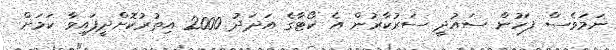
ނަމަވެސް ފަހުން ސައުދީ ސަރުކާރުން އެ ކޯޓާގެ އަދަދު 2000 އިތުރުކޮށްދީފައިވާ ކަމަށް